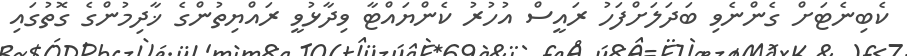
ކެބިނެޓަށް ގެންނެވި ބަދަލަށްފަހު ރައީސް އުހުރު ކެންޔައްޓާ ވިދާޅުވީ ރައްޔިތުންގެ ޚާދިމުންގެ ގޮތުގައި